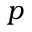
p